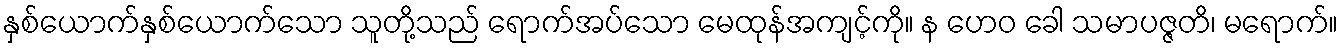
နှစ်ယောက်နှစ်ယောက်သော သူတို့သည် ရောက်အပ်သော မေထုန်အကျင့်ကို။ န ဟေဝ ခေါ သမာပဇ္ဇတိ၊ မရောက်။